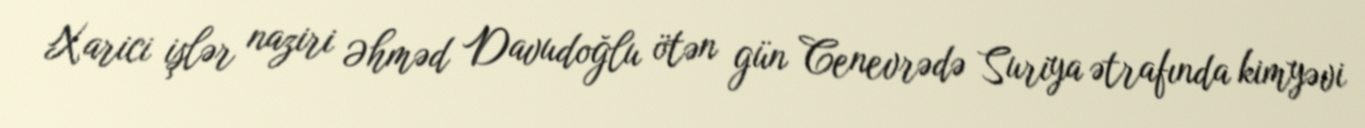
Xarici işlər naziri Əhməd Davudoğlu ötən gün Cenevrədə Suriya ətrafında kimyəvi